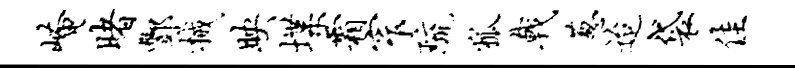
崦睹酆械映堞霜窄琉狐戟葱迨袋佳